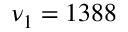
\nu _ { 1 } = 1 3 8 8